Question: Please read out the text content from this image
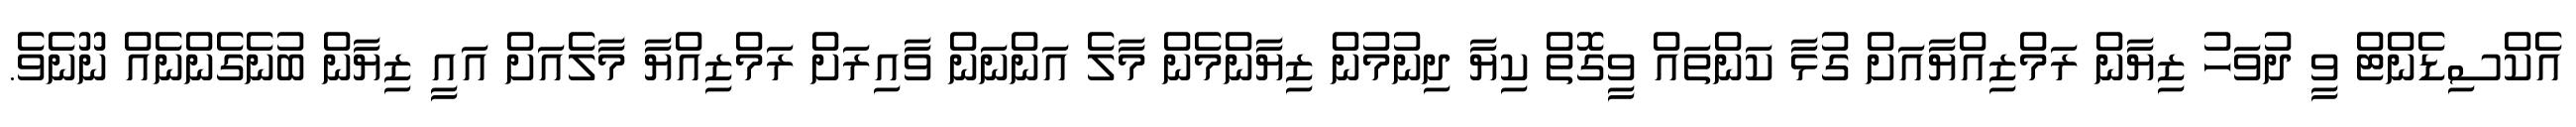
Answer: އެކްސިޑެންޓް ވީ ދުވަހު ޒިޔާން ރަމްޒިއްޔާއަށް ގުޅާ ކަންތައް ވީގޮތް ކިޔާ ދިނުމުން ޒިޔާންމެން މާލެ އަންނަން ވާއިރަށް ރަމްޒިއްޔާ މާލެއަށް އައީ ޒިޔާން ބުނެގެންނެއް ނޫނެވެ.